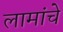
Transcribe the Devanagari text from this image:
लामांचे